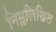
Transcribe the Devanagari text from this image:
निम्ललिखित